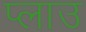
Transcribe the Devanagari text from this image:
प्लाउ